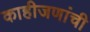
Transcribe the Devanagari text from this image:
काहीजणांची